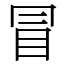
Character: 冒